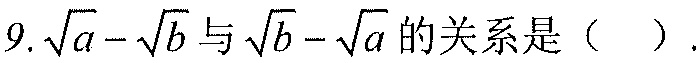
9.\(\sqrt{a}-\sqrt{b}\)与\(\sqrt{b}-\sqrt{a}\)的关系是（  ）.